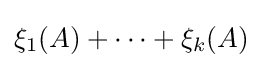
{\textstyle \xi _{1}(A)+\dots +\xi _{k}(A)}